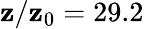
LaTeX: \mathbf{z}/\mathbf{z}_{0}=29.2